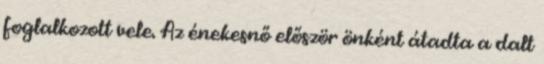
foglalkozott vele. Az énekesnő először önként átadta a dalt